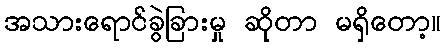
အသားရောင်ခွဲခြားမှု ဆိုတာ မရှိတော့။